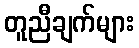
တူညီချက်များ